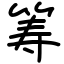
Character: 筹